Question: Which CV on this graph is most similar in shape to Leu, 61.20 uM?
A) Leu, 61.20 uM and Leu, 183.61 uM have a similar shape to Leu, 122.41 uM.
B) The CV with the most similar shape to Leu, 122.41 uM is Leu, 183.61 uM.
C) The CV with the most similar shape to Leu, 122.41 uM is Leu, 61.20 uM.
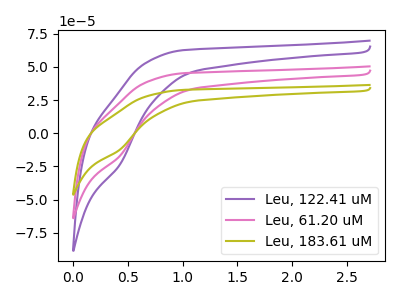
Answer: <think>The purple curve "Leu, 122.41 uM" has a cathodic peak at: (0.45V, -23.00uA). The pink curve "Leu, 61.20 uM" has a cathodic peak at: (0.45V, -16.60uA). The olive curve "Leu, 183.61 uM" has a cathodic peak at: (0.45V, -33.25uA).
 All the peaks in "Leu, 122.41 uM" have a peak in "Leu, 61.20 uM" at the same potential. Every peak in "Leu, 122.41 uM" is higher than every peak in "Leu, 61.20 uM". All the peaks in "Leu, 122.41 uM" have a peak in "Leu, 183.61 uM" at the same potential. Every peak in "Leu, 122.41 uM" is lower than every peak in "Leu, 183.61 uM". All the peaks in "Leu, 61.20 uM" have a peak in "Leu, 183.61 uM" at the same potential. Every peak in "Leu, 61.20 uM" is lower than every peak in "Leu, 183.61 uM".</think>
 <answer>A) "Leu, 61.20 uM" and "Leu, 183.61 uM" have a similar shape to "Leu, 122.41 uM".</answer>
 <eval>A</eval>